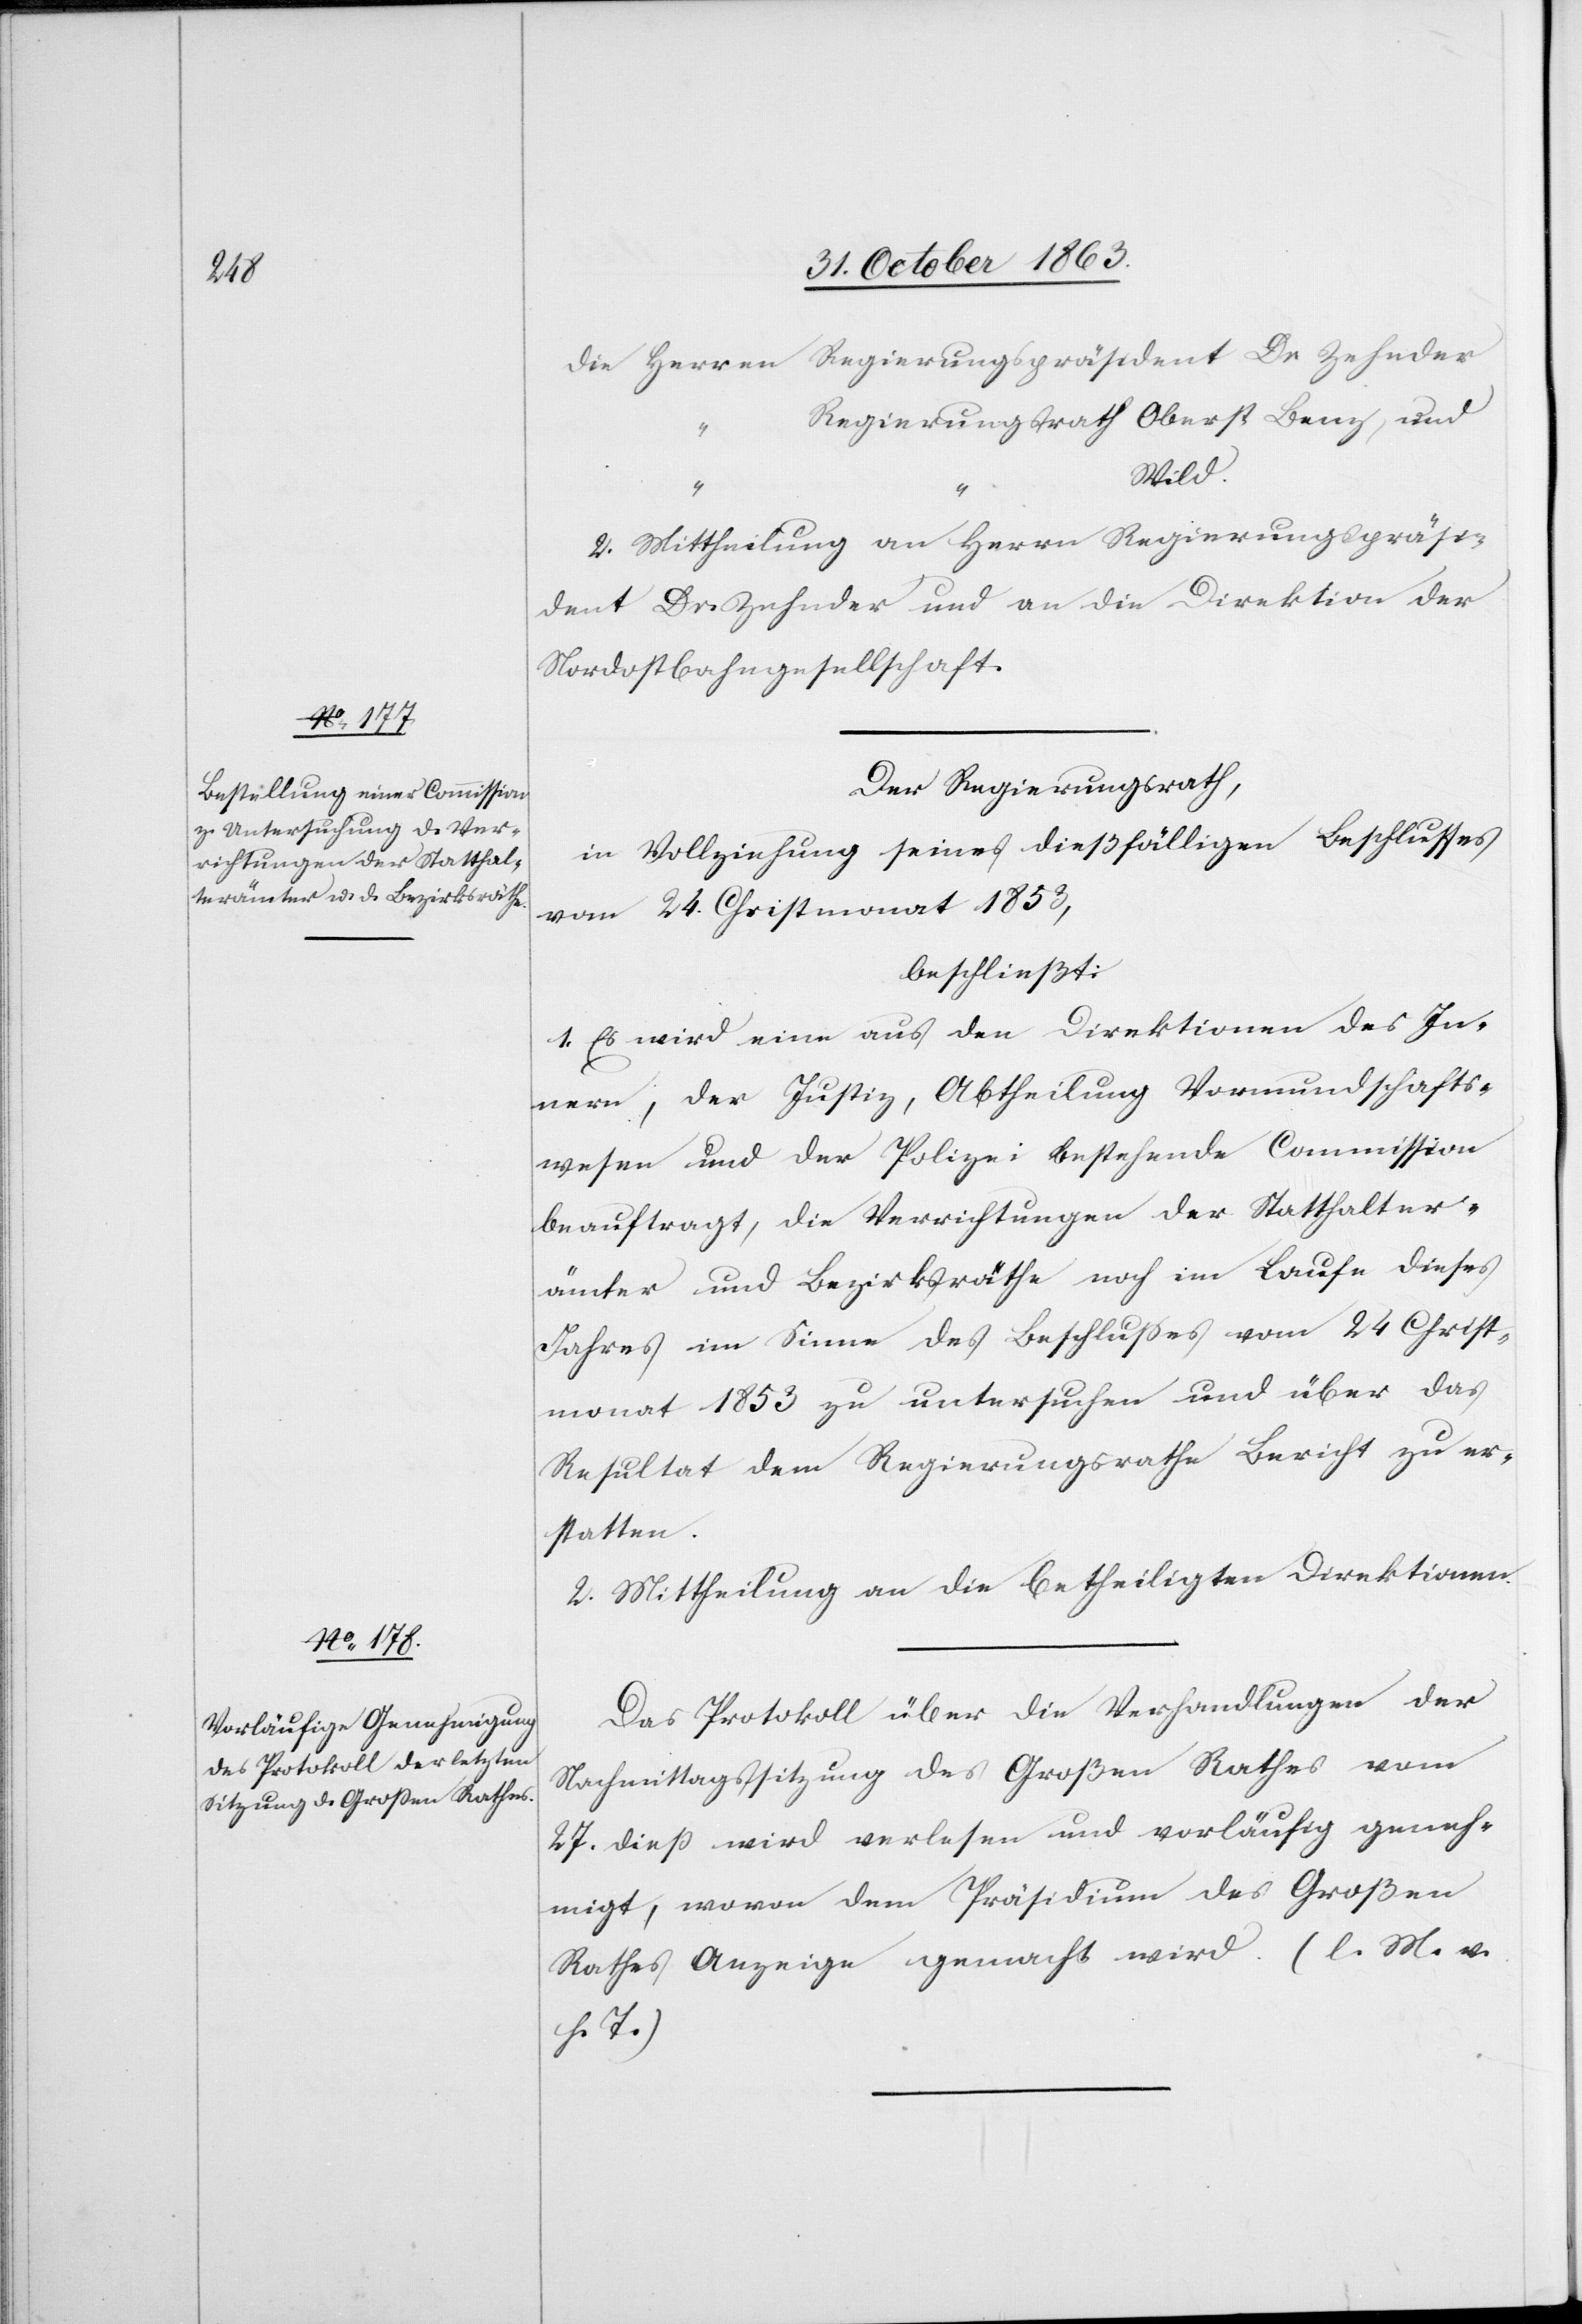
die Herren Regierungspräsident Dr. Zehnder
“	Regierungsrath Oberst Benz, und
2. Mittheilung an Herrn Regierungspräsi¬
dent Dr. Zehnder und an die Direktion der
Nordostbahngesellschaft.
Der Regierungsrath,
in Vollziehung seines dießfälligen Beschlusses
vom 24. Christmonat 1853,
beschließt:
1. Es wird eine aus den Direktionen des In¬
nern, der Justiz, Abtheilung Vormundschafts¬
wesen und der Polizei bestehende Commission
beauftragt, die Verrichtungen der Statthalter¬
ämter und Bezirksräthe noch im Laufe dieses
Jahres im Sinne des Beschlusses vom 24 Christ¬
monat 1853 zu untersuchen und über das
Resultat dem Regierungsrathe Bericht zu er¬
statten.
2. Mittheilung an die betheiligten Direktionen.
Das Protokoll über die Verhandlungen der
Nachmittagssitzung des Großen Rathes vom
27. dieß wird verlesen und vorläufig geneh¬
migt, wovon dem Präsidium des Großen
Rathes Anzeige gemacht wird. (l. M. v.
h. T.)